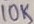
Text: 10K